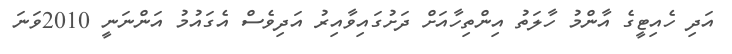
އަދި ހެއިޓީގެ އާންމު ހާލަތު އިންތިހާއަށް ދަށުގައިވާއިރު އަދިވެސް އެގައުމު އަންނަނީ 2010ވަނަ